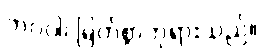
ဘဂဝါ၊ မြတ်စွာဘုရားသည်။